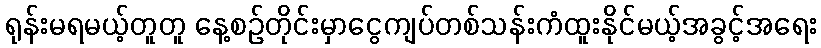
ရုန်းမရမယ့်တူတူ နေ့စဉ်တိုင်းမှာငွေကျပ်တစ်သန်းကံထူးနိုင်မယ့်အခွင့်အရေး